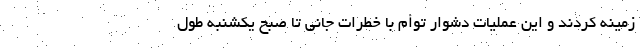
زمینه کردند و این عملیات دشوار توأم با خطرات جانی تا صبح یکشنبه طول